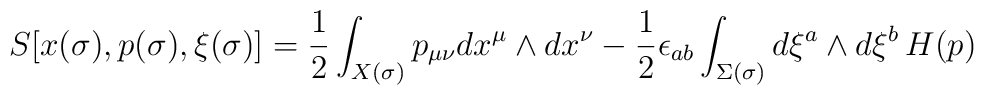
S[x(\sigma),p(\sigma), \xi(\sigma)]=	{1\over 2}\int_{X(\sigma)}p_{\mu\nu}dx^\mu\wedge dx^\nu-	  {1\over 2}\epsilon_{ab}\int_{\Sigma(\sigma)}	d\xi^a \wedge d\xi^b\, H(p)